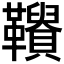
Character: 𩍾